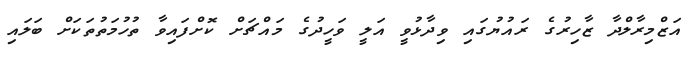
އަޒްމިރާލްދާ ޒާހިރުގެ ރައުޔުގައި ވިދާޅުވީ އަލީ ވަހީދުގެ މައްޗަށް ކޮށްފައިވާ ތުހުމަތުތަކަށް ބަލައި